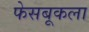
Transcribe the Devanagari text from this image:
फेसबूकला